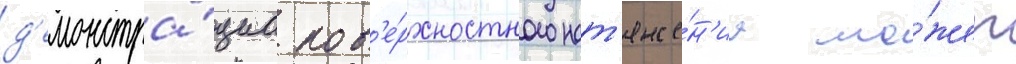
д'емонстра́циа пов'е́рхностного нат'яже́н'иа мо́жет